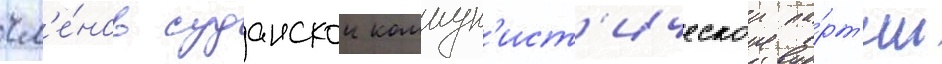
чл'е́нов суданскои коммун'ист'ическои па́рт'ии